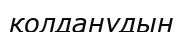
қолданудын